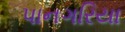
પાનગરિયા